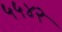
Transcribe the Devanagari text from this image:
५५४२